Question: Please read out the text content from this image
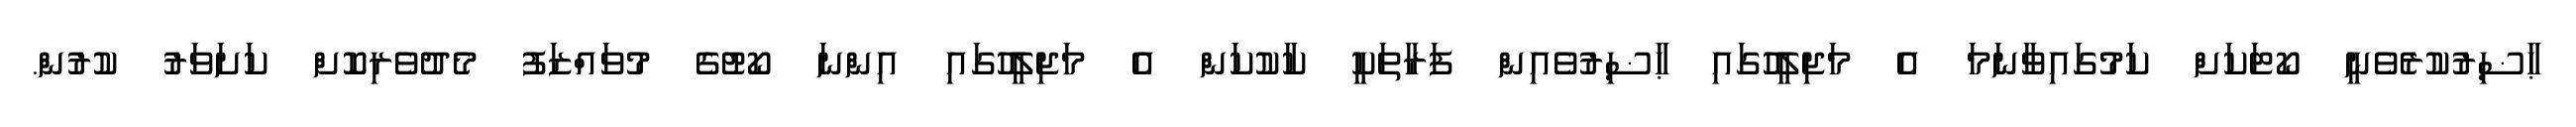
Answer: ޙާޟިރުކުރެވެނީ ކޯޓަކަށް ކަމުގައިވާނަމަ އެ މަޖިލީހުގައި ޙާޟިރުވެއިން ފަރާތަކީ ކާކުކަން އެ މަޖިލީހުގައި އިންނަ ކޯޓުގެ މުވައްޒަފު މެދުވެރިކޮށް ކަށަވަރު ކުރުން.